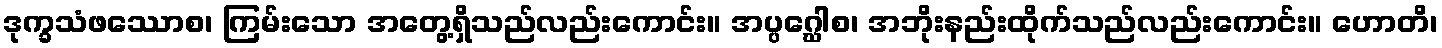
ဒုက္ခသံဖဿောစ၊ ကြမ်းသော အတွေ့ရှိသည်လည်းကောင်း။ အပ္ပဂ္ဃေါစ၊ အဘိုးနည်းထိုက်သည်လည်းကောင်း။ ဟောတိ၊